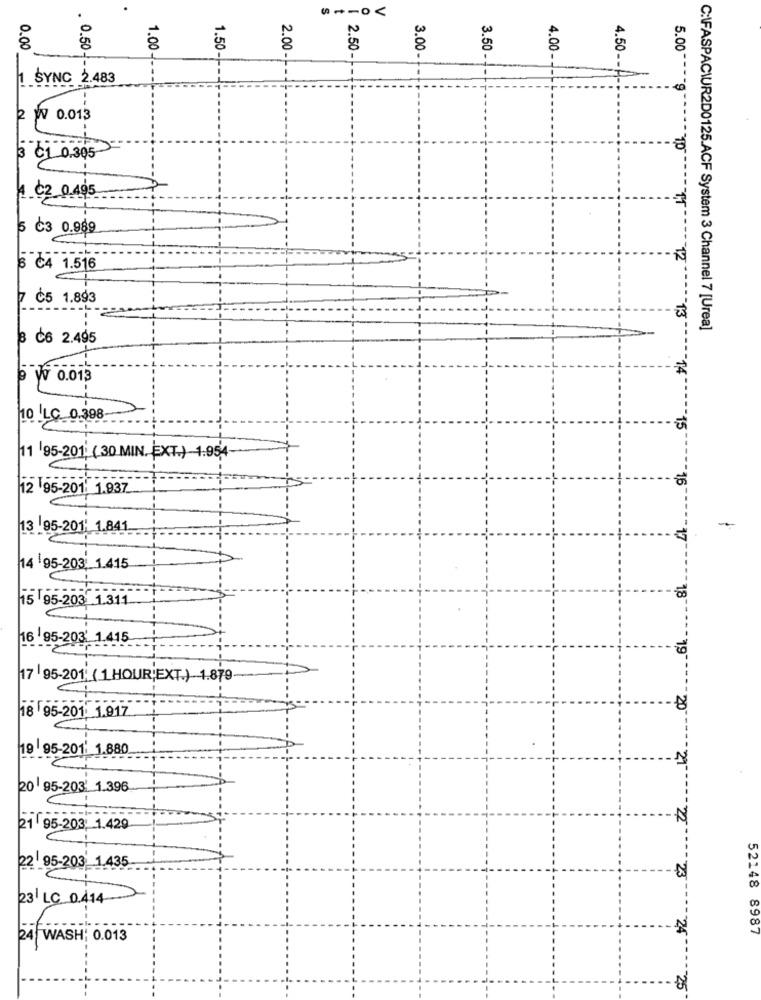
0.00
. 0.50
1.00
1.50-
2.00 -
3.00
3.50
4.00-
8
2.50-
4.50 --
._ 6_
SYNC 2.483
2 W 0.013
3 C1 0.305
4.02 0.495
5 Č3 0.989
12
6 C4 1.516
7 Č5 1.893
13
C:\FASPACIUR2D0125.ACF System 3 Channel 7 [Urea]
8 C6 2.495
9 W 0.013
14
ILC. 0.398
15
11 95-201 ( 30 MIN. EXT.) 1.954-
12 95-201 1.937
13 95-201 1.841
1,7
14 95-203 1.415
15 95-203 1.311
18
16 95-203' 1.415
19
17 95-201' ( 1 HOUR;EXT.) 1.879
18 95-201: 1.917
20
19 95-201: 1.880
N
20 95-203' 1.396
2,2
21 95-203: 1.429
22 95-203 1.435
23
52148
23 LC 0.414
24
8987
24 WASH; 0.013
25